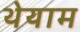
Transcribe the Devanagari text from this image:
थेयाम